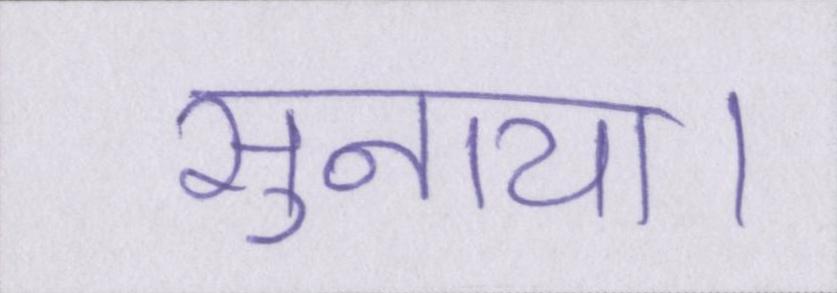
सुनाया।